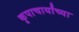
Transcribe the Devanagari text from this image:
कृपाचार्यांच्या